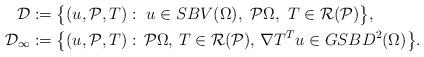
LaTeX: \begin{align*} {\cal D} &:= \big\{ (u,{\cal P}, T): \ u \in SBV(\Omega), \ {\cal P} \Omega,\ T \in {\cal R}({\cal P}) \big\}, \\ {\cal D}_\infty &:= \big\{ (u,{\cal P}, T): \, {\cal P} \Omega,\, T \in {\cal R}({\cal P}), \, \nabla T^T u \in GSBD^2(\Omega) \big\}.\end{align*}